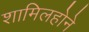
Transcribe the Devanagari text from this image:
शामिलहोने